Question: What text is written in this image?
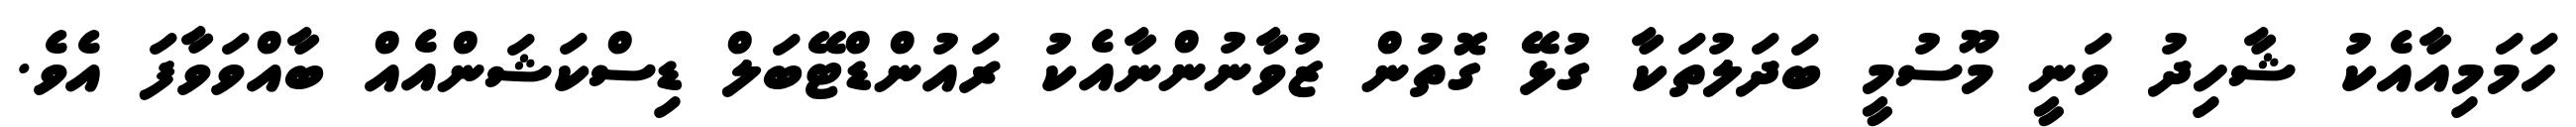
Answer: ހަމަމިއާއެކު ޝާހިދު ވަނީ މޫސުމީ ބަދަލުތަކާ ގުޅޭ ގޮތުން ޒުވާނުންނާއެކު ރައުންޑްޓޭބަލް ޑިސްކަޝަންއެއް ބާއްވަވާފަ އެވެ.